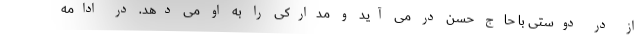
از در دوستی با حاج حسن در می آید و مدارکی را به او می دهد. در ادامه